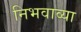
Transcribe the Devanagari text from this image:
निभवाव्या